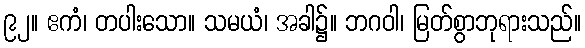
၉၂။ ဧကံ၊ တပါးသော။ သမယံ၊ အခါ၌။ ဘဂဝါ၊ မြတ်စွာဘုရားသည်။